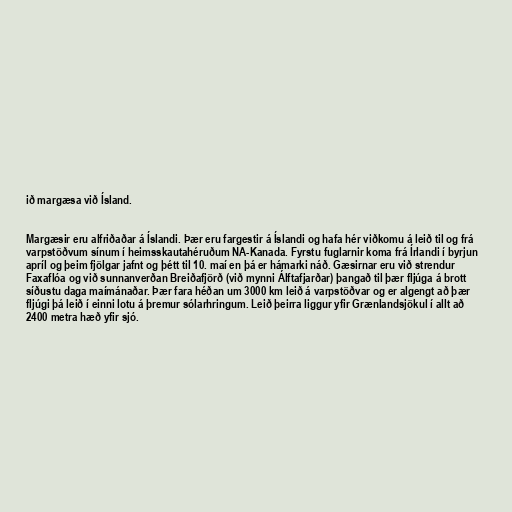
ið margæsa við Ísland.

Margæsir eru alfriðaðar á Íslandi. Þær eru fargestir á Íslandi og hafa hér viðkomu á leið til og frá
varpstöðvum sínum í heimsskautahéruðum NA-Kanada. Fyrstu fuglarnir koma frá Írlandi í byrjun
apríl og þeim fjölgar jafnt og þétt til 10. maí en þá er hámarki náð. Gæsirnar eru við strendur
Faxaflóa og við sunnanverðan Breiðafjörð (við mynni Álftafjarðar) þangað til þær fljúga á brott
síðustu daga maímánaðar. Þær fara héðan um 3000 km leið á varpstöðvar og er algengt að þær
fljúgi þá leið í einni lotu á þremur sólarhringum. Leið þeirra liggur yfir Grænlandsjökul í allt að
2400 metra hæð yfir sjó.